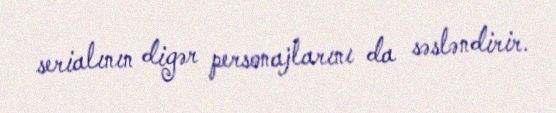
serialının digər personajlarını da səsləndirir.